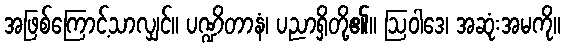
အဖြစ်ကြောင့်သာလျှင်။ ပဏ္ဍိတာနံ၊ ပညာရှိတို့၏။ ဩဝါဒေ၊ အဆုံးအမကို။